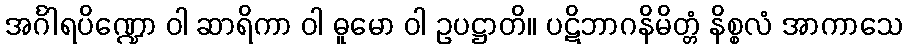
အင်္ဂါရပိဏ္ဍော ဝါ ဆာရိကာ ဝါ ဓူမော ဝါ ဥပဋ္ဌာတိ။ ပဋိဘာဂနိမိတ္တံ နိစ္စလံ အာကာသေ